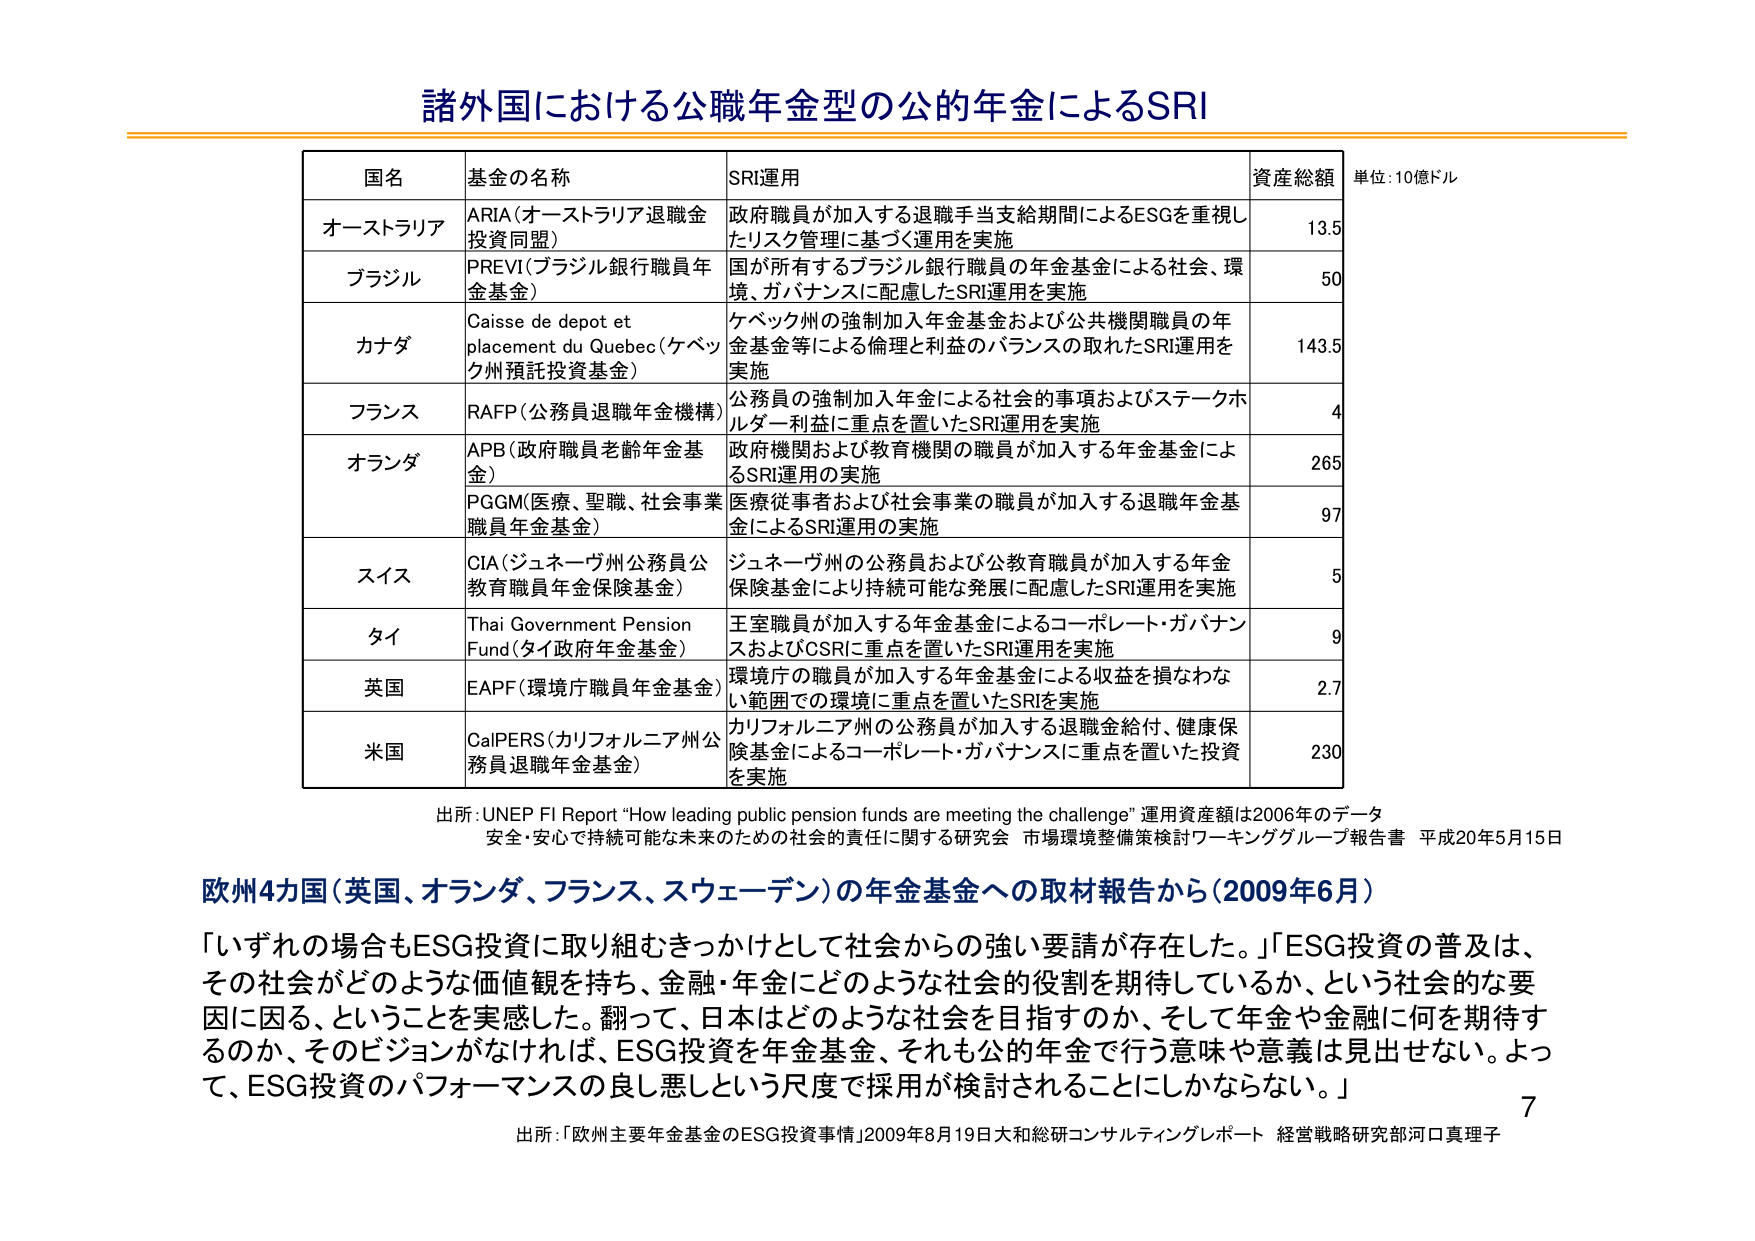
諸外国における公職年金型の公的年金によるSRI

国名 基金の名称 SRI運用 資産総額 単位：10億ドル
オーストラリア ARIA（オーストラリア退職金投資同盟） 政府職員が加入する退職手当支給期間によるESGを重視したリスク管理に基づく運用を実施 13.5
ブラジル PREVI（ブラジル銀行職員年金基金） 国が所有するブラジル銀行職員の年金基金による社会、環境、ガバナンスに配慮したSRI運用を実施 50
カナダ Caisse de depot et placement du Quebec（ケベック州預託投資基金） ケベック州の強制加入年金基金および公共機関職員の年金基金等による倫理と利益のバランスの取れたSRI運用を実施 143.5
フランス RAFP（公務員退職年金機構） 公務員の強制加入年金による社会的事項およびステークホルダー利益に重点を置いたSRI運用を実施 4
オランダ APB（政府職員老齢年金基金） 政府機関および教育機関の職員が加入する年金基金によるSRI運用の実施 265
PGGM（医療、聖職、社会事業職員年金基金） 医療従事者および社会事業の職員が加入する退職年金基金によるSRI運用の実施 97
スイス CIA（ジュネーヴ州公務員公教育職員年金保険基金） ジュネーヴ州の公務員および公教育職員が加入する年金保険基金により持続可能な発展に配慮したSRI運用を実施 5
タイ Thai Government Pension Fund（タイ政府年金基金） 王室職員が加入する年金基金によるコーポレート・ガバナンスおよびCSRIに重点を置いたSRI運用を実施 9
英国 EAPF（環境庁職員年金基金） 環境庁の職員が加入する年金基金による収益を損なわない範囲での環境に重点を置いたSRIを実施 2.7
米国 CalPERS（カリフォルニア州公務員退職年金基金） カリフォルニア州の公務員が加入する退職金給付、健康保険基金によるコーポレート・ガバナンスに重点を置いた投資を実施 230

出所：UNEP FI Report “How leading public pension funds are meeting the challenge” 運用資産額は2006年のデータ
安全・安心で持続可能な未来のための社会的責任に関する研究会 市場環境整備策検討ワーキンググループ報告書 平成20年5月15日

欧州4国（英国、オランダ、フランス、スウェーデン）の年金基金への取材報告から（2009年6月）
「いずれの場合もESG投資に取り組むきっかけとして社会からの強い要請が存在した。」「ESG投資の普及は、その社会がどのような価値観を持ち、金融・年金にどのような社会的役割を期待しているか、という社会的な要因に因る、ということを実感した。翻って、日本はどのような社会を目指すのか、そして年金や金融に何を期待するのか、そのビジョンがなければ、ESG投資を年金基金、それも公的年金で行う意味や意義は見出せない。よって、ESG投資のパフォーマンスの良し悪しという尺度で採用が検討されることにしかならない。」

出所：「欧州主要年金基金のESG投資事情」2009年8月19日大和総研コンサルティングレポート 経営戦略研究部河口真理子

7